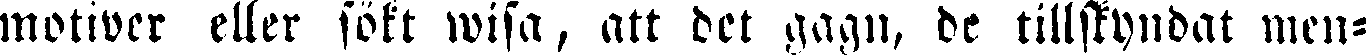
motiver eller sökt wisa, att det gagn, de tillstyndat men-